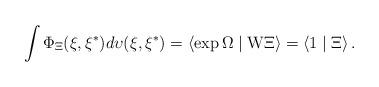
LaTeX: \begin{align*}\int \Phi _\Xi (\xi ,\xi ^{*})d\upsilon (\xi ,\xi ^{*})=\left\langle \exp\Omega \mid {\rm W}\Xi \right\rangle =\left\langle 1\mid \Xi \right\rangle .\end{align*}